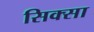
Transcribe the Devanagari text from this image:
सिक्सा